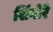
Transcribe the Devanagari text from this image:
सिंगोरे